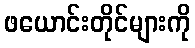
ဖယောင်းတိုင်များကို